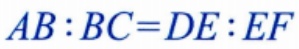
\(AB:BC = DE:EF\)